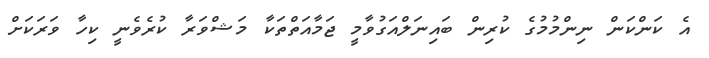
އެ ކަންކަން ނިންމުމުގެ ކުރިން ބައިނަލްއަގުވާމީ ޖަމާއަތްތަކާ މަޝްވަރާ ކުރެވެނީ ކިހާ ވަރަކަށް